Indian journal of veterinary science and animal husbandry - Volumes 22-23, 1952-1953
Year: 1952
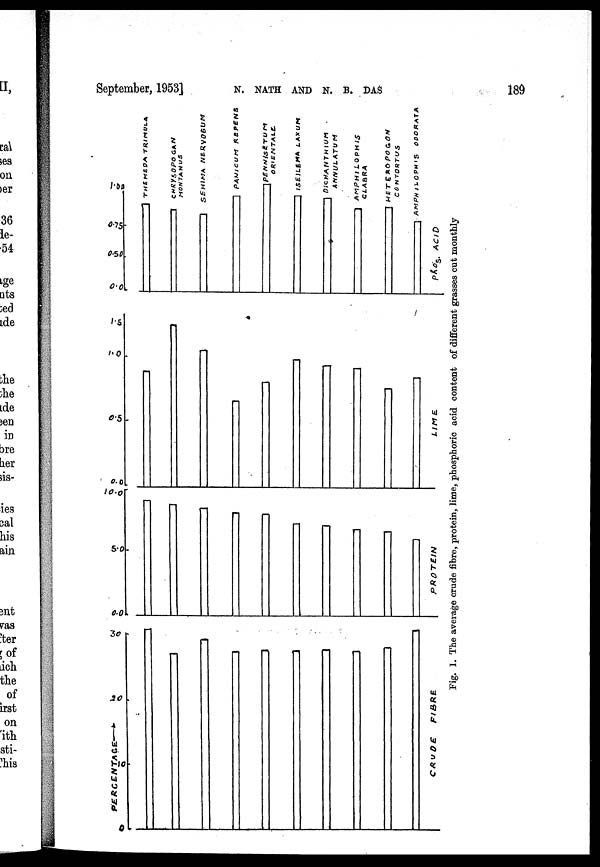
September, 1953]
N.
NATH
AND
N.
B. DAS 189
Fig. 1. The average crude fibre, protein, lime, phosphoric acid content of different grasses cut monthly